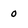
Character: o